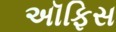
અૉફિસ